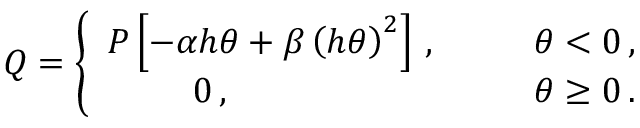
Q = \left\{ \begin{array} { c c c } { { P \left[ - \alpha h \theta + \beta \left( h \theta \right) ^ { 2 } \right] \, , } } & { { \; \; \; } } & { { \theta < 0 \, , } } \\ { { 0 \, , \; \; \; \; \; \; \; \; \; \; \; \; } } & { { \; \; \; } } & { { \theta \geq 0 \, . } } \end{array} \right.